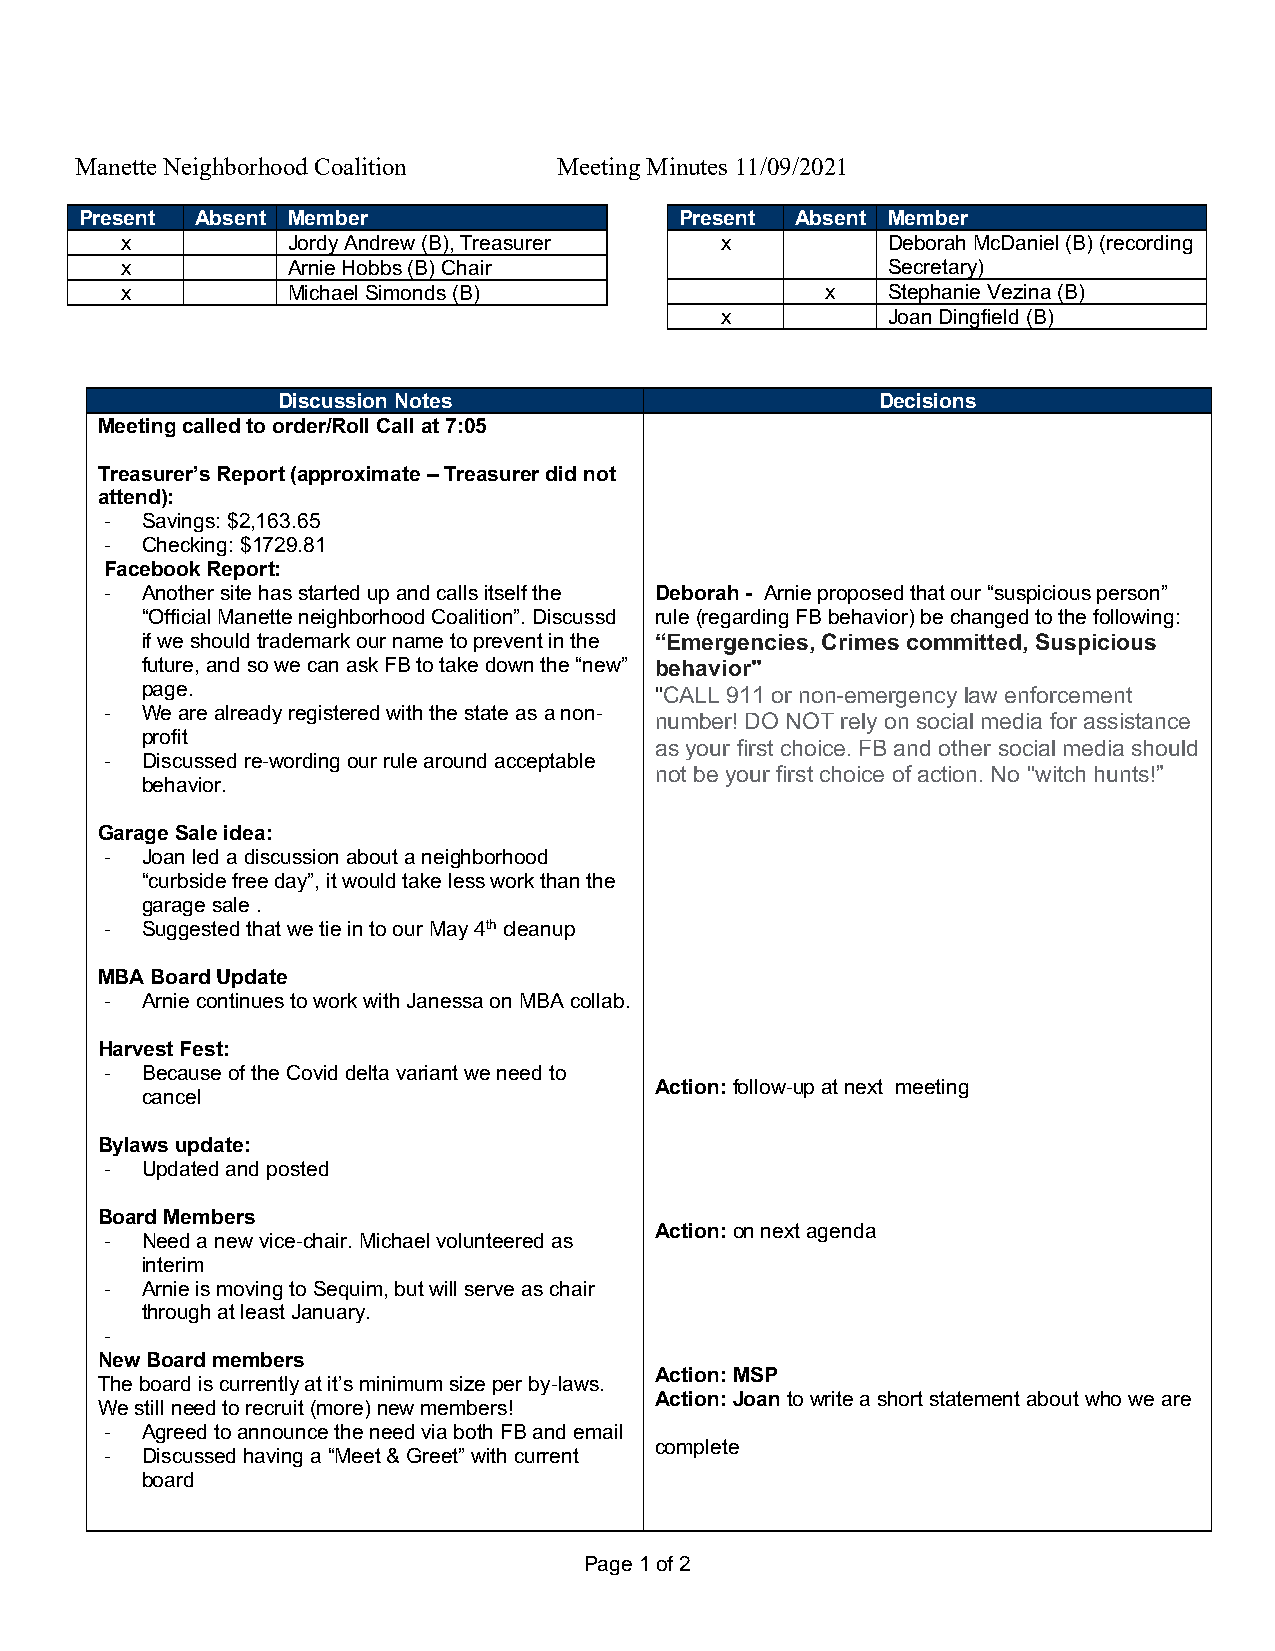
Manette Neighborhood Coalition  Meeting Minutes 11/09/2021
 Present Absent Member                   Present Absent Member
 x          Jordy Andrew (B), Treasurer  x          Deborah McDaniel (B) (recording
 x          Arnie Hobbs (B) Chair                   Secretary)
 x          Michael Simonds (B)                 x   Stephanie Vezina (B)
 x          Joan Dingfield (B)
 Discussion Notes                        Decisions
 Meeting called to order/Roll Call at 7:05
 Treasurer’s Report (approximate – Treasurer did not
 attend):
 - Savings: $2,163.65
 - Checking: $1729.81
 Facebook Report:
 - Another site has started up and calls itself the Deborah - Arnie proposed that our “suspicious person”
 “Official Manette neighborhood Coalition”. Discussd rule (regarding FB behavior) be changed to the following:
 if we should trademark our name to prevent in the “Emergencies, Crimes committed, Suspicious
 future, and so we can ask FB to take down the “new” behavior"
 page.                             "CALL 911 or non-emergency law enforcement
 - We are already registered with the state as a non-
 number! DO NOT rely on social media for assistance
 profit
 as your first choice. FB and other social media should
 - Discussed re-wording our rule around acceptable
 not be your first choice of action. No "witch hunts!”
 behavior.
 Garage Sale idea:
 - Joan led a discussion about a neighborhood
 “curbside free day”, it would take less work than the
 garage sale .
 - Suggested that we tie in to our May 4th cleanup
 MBA Board Update
 - Arnie continues to work with Janessa on MBA collab.
 Harvest Fest:
 - Because of the Covid delta variant we need to
 Action: follow-up at next meeting
 cancel
 Bylaws update:
 - Updated and posted
 Board Members
 Action: on next agenda
 - Need a new vice-chair. Michael volunteered as
 interim
 - Arnie is moving to Sequim, but will serve as chair
 through at least January.
 -
 New Board members
 Action: MSP
 The board is currently at it’s minimum size per by-laws.
 Action: Joan to write a short statement about who we are
 We still need to recruit (more) new members!
 - Agreed to announce the need via both FB and email
 complete
 - Discussed having a “Meet & Greet” with current
 board
 Page 1 of 2